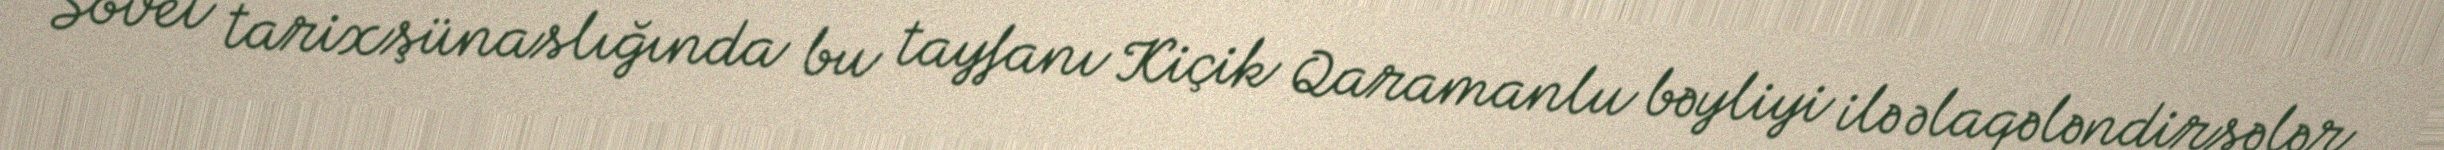
Sovet tarixşünaslığında bu tayfanı Kiçik Qaramanlu bəyliyi ilə əlaqələndirsələr